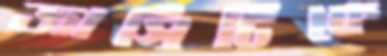
জার্সিটিকে